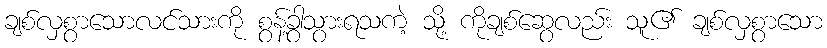
ချစ်လှစွာသောလင်သားကို စွန့်ခွာသွားရသကဲ့ သို့ ကိုချစ်ဆွေလည်း သူ၏ ချစ်လှစွာသော